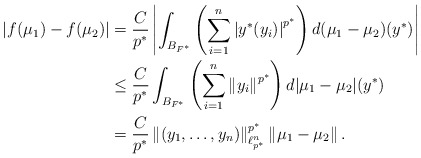
\begin{align*}\left|f(\mu_1)-f(\mu_2)\right|&=\frac{C}{p^*}\left|\int_{B_{F^{*}}}\left(\sum_{i=1}^{n}\left|y^*(y_i)\right|^{p^*}\right)d(\mu_1-\mu_2)(y^*)\right|\\&\leq \frac{C}{p^*}\int_{B_{F^{*}}}\left(\sum_{i=1}^{n}\left\|y_i\right\|^{p^*}\right)d|\mu_1-\mu_2|(y^*)\\&=\frac{C}{p^*}\left\|(y_1,\ldots,y_n)\right\|_{\ell_{p^*}^n}^{p^*}\left\|\mu_1-\mu_2\right\|.\end{align*}